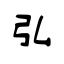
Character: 弘